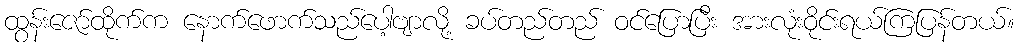
ထွန်းဇော်ထိုက်က နောက်ဖောက်သည်ပေါ့ဗျာလို့ ခပ်တည်တည် ဝင်ပြောပြီး အားလုံးဝိုင်းရယ်ကြပြန်တယ်။